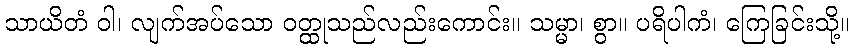
သာယိတံ ဝါ၊ လျက်အပ်သော ဝတ္ထုသည်လည်းကောင်း။ သမ္မာ၊ စွာ။ ပရိပါကံ၊ ကြေခြင်းသို့။